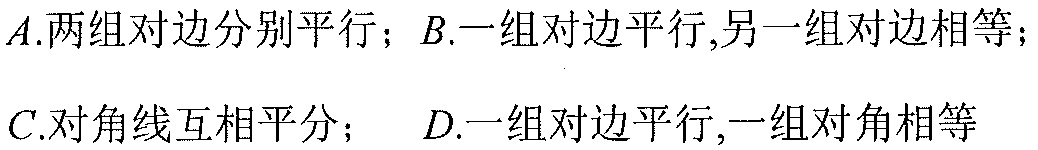
\(A.两组对边分别平行；B.一组对边平行,另一组对边相等；\)
\(C.对角线互相平分；\quad D.一组对边平行,一组对角相等\)